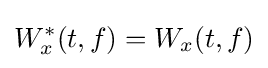
W_{x}^{*}(t,f)=W_{x}(t,f)